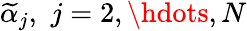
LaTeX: \widetilde{\alpha}_{j},\, \, j=2,\hdots,N